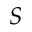
S